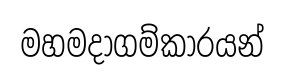
මහමදාගම්කාරයන්